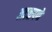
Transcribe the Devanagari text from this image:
अटळपणे